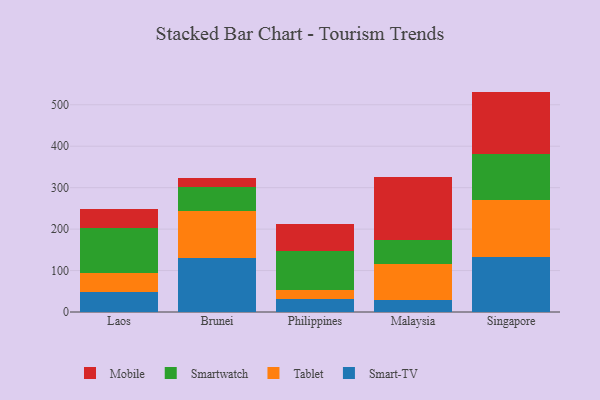
{"axis": {"x": "Country", "y": "Headcount"}, "legend": ["Mobile", "Smart-TV", "Smartwatch", "Tablet"], "data": [{"x": "Laos", "y": 49.0, "type": "Smart-TV"}, {"x": "Laos", "y": 46.1, "type": "Tablet"}, {"x": "Laos", "y": 107.8, "type": "Smartwatch"}, {"x": "Laos", "y": 44.7, "type": "Mobile"}, {"x": "Brunei", "y": 131.0, "type": "Smart-TV"}, {"x": "Brunei", "y": 111.8, "type": "Tablet"}, {"x": "Brunei", "y": 57.7, "type": "Smartwatch"}, {"x": "Brunei", "y": 22.0, "type": "Mobile"}, {"x": "Philippines", "y": 32.1, "type": "Smart-TV"}, {"x": "Philippines", "y": 19.9, "type": "Tablet"}, {"x": "Philippines", "y": 94.7, "type": "Smartwatch"}, {"x": "Philippines", "y": 65.9, "type": "Mobile"}, {"x": "Malaysia", "y": 29.1, "type": "Smart-TV"}, {"x": "Malaysia", "y": 86.0, "type": "Tablet"}, {"x": "Malaysia", "y": 59.8, "type": "Smartwatch"}, {"x": "Malaysia", "y": 150.9, "type": "Mobile"}, {"x": "Singapore", "y": 132.4, "type": "Smart-TV"}, {"x": "Singapore", "y": 138.6, "type": "Tablet"}, {"x": "Singapore", "y": 110.1, "type": "Smartwatch"}, {"x": "Singapore", "y": 150.7, "type": "Mobile"}]}